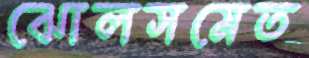
ঝোলসমেত